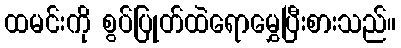
ထမင်းကို စွပ်ပြုတ်ထဲရောမွှေပြီးစားသည်။